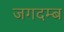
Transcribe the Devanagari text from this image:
जगदम्ब